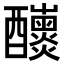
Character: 𨤁